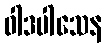
ဝါဒပါသေန